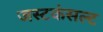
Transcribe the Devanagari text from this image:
जस्टकंसल्ट